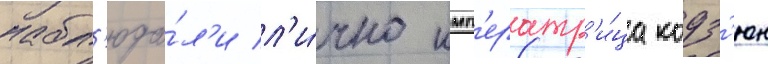
набл'юда́л'и л'и́чно имп'ератр'и́ца кодз'юн